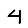
Digit: 4